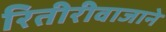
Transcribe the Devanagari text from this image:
रितीरीवाजाने